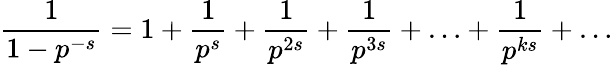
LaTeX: {\frac{1}{1-p^{-s}}}=1+{\frac{1}{p^{s}}}+{\frac{1}{p^{2s}}}+{\frac{1}{p^{3s}}}+\ldots+{\frac{1}{p^{ks}}}+\ldots